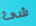
شئ